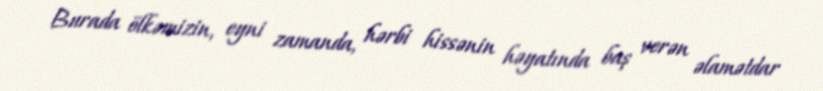
Burada ölkəmizin, eyni zamanda, hərbi hissənin həyatında baş verən əlamətdar